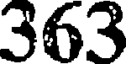
363